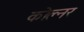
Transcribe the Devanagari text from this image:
कोल्नर